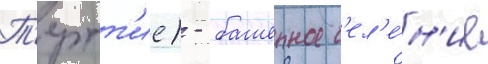
Т'ертт'ие) - башенное с'ел'е́н'ие